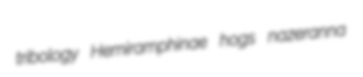
tribology Hemiramphinae hogs nazeranna